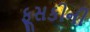
ફૂસકીની